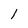
Character: 1